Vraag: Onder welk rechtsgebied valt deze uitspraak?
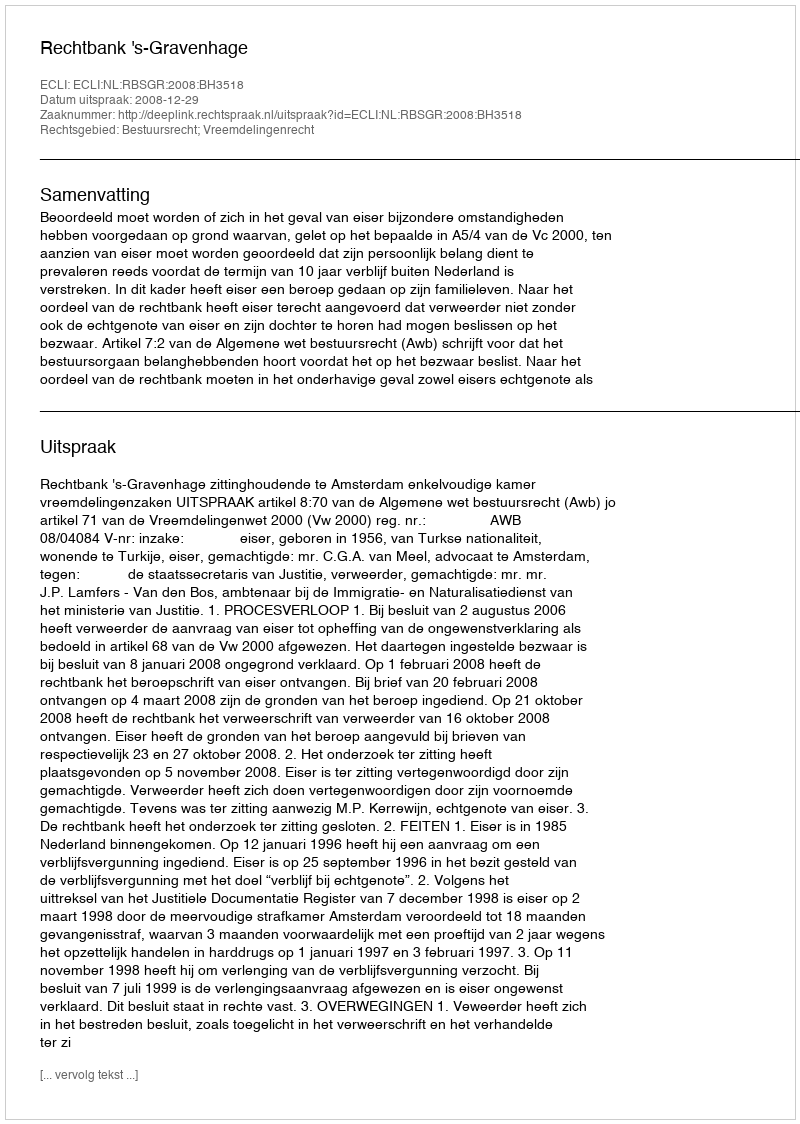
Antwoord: Bestuursrecht; Vreemdelingenrecht